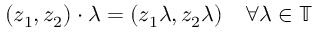
( z _ { 1 } , z _ { 2 } ) \cdot \lambda = ( z _ { 1 } \lambda , z _ { 2 } \lambda ) \quad \forall \lambda \in \mathbb { T }